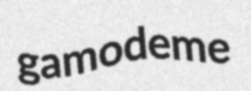
gamodeme